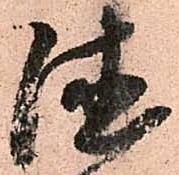
徳